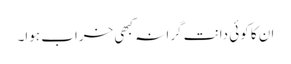
ان کا کوئی دانت گرا نہ کبھی خراب ہوا۔